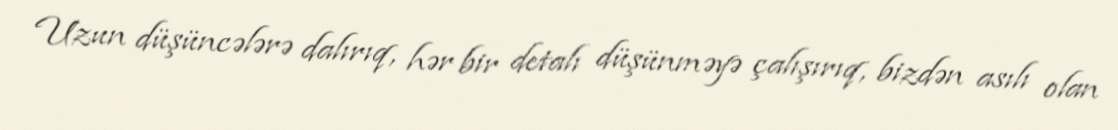
Uzun düşüncələrə dalırıq, hər bir detalı düşünməyə çalışırıq, bizdən asılı olan